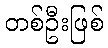
တစ်ဦးဖြစ်